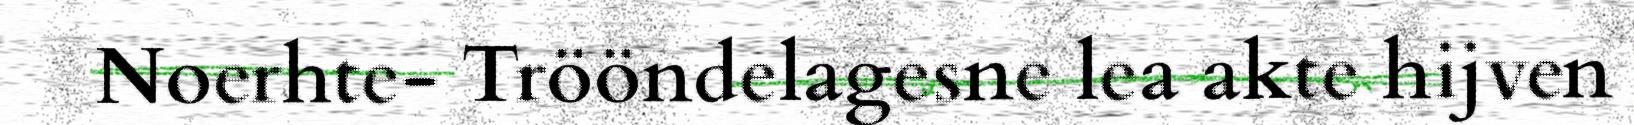
Noerhte- Trööndelagesne lea akte hijven